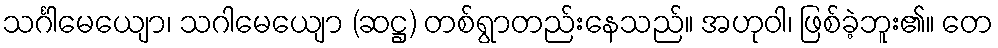
သင်္ဂါမေယျော၊ သဂါမေယျော (ဆဋ္ဌ) တစ်ရွာတည်းနေသည်။ အဟုဝါ၊ ဖြစ်ခဲ့ဘူး၏။ တေ